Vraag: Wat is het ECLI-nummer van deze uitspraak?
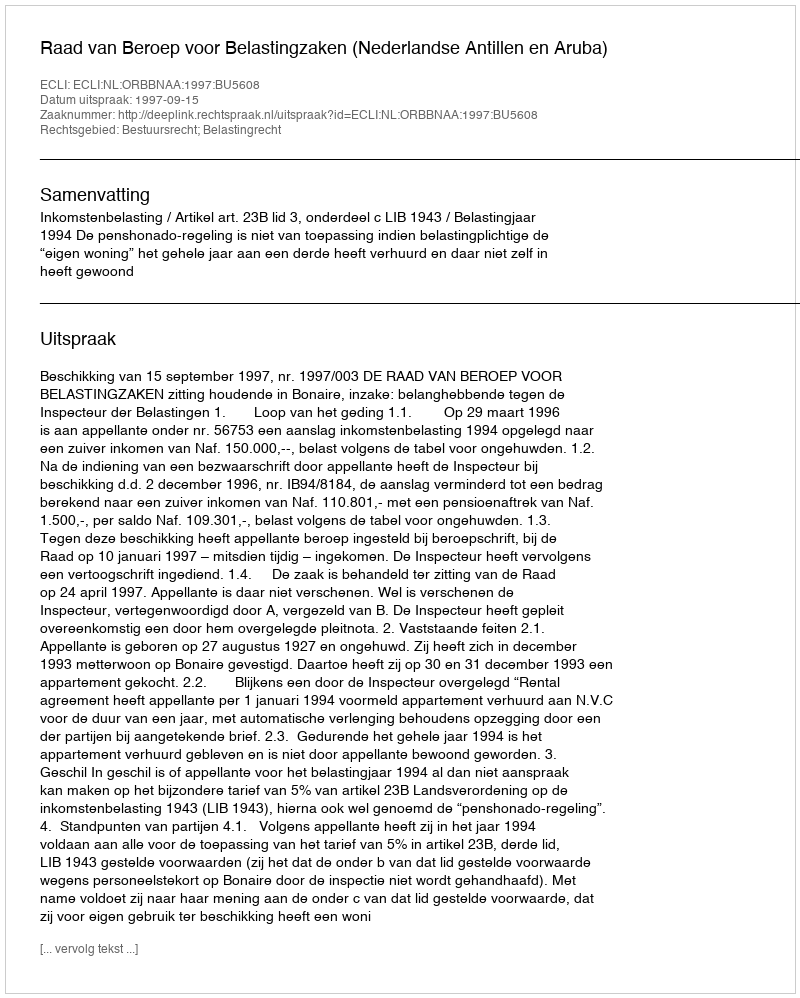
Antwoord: ECLI:NL:ORBBNAA:1997:BU5608